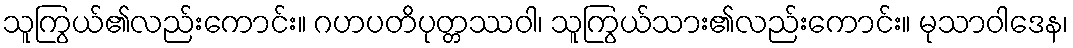
သူကြွယ်၏လည်းကောင်း။ ဂဟပတိပုတ္တဿဝါ၊ သူကြွယ်သား၏လည်းကောင်း။ မုသာဝါဒေန၊